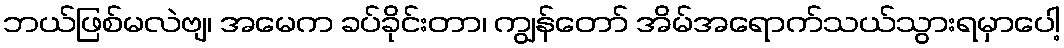
ဘယ်ဖြစ်မလဲဗျ၊ အမေက ခပ်ခိုင်းတာ၊ ကျွန်တော် အိမ်အရောက်သယ်သွားရမှာပေါ့